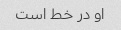
او در خط است